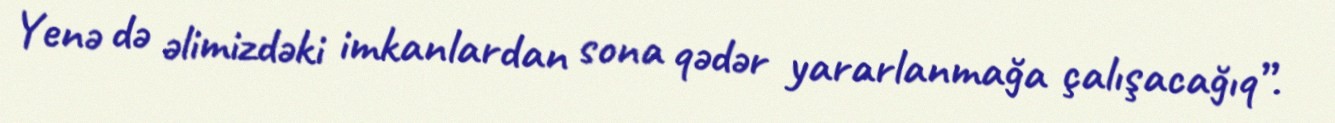
Yenə də əlimizdəki imkanlardan sona qədər yararlanmağa çalışacağıq”.